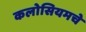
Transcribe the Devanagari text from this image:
कलोसियमचे